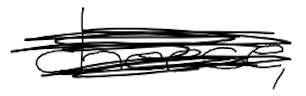
Text: cheese,
Cross-out: scratch
Writing tool: digital_black